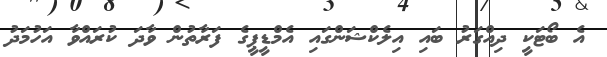
އެ ބޯޓަކީ ދިއްގަރު ބައި އިލެކްޝަންގައި އެމްޑީޕީގެ ފަރާތުން ވާދަ ކުރައްވާ އަހުމަދު